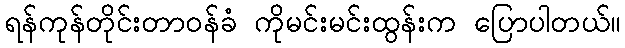
ရန်ကုန်တိုင်းတာဝန်ခံ ကိုမင်းမင်းထွန်းက ပြောပါတယ်။